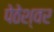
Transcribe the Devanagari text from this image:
पेठेश्वर